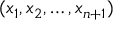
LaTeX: ( x _ { 1 } , x _ { 2 } , \ldots , x _ { n + 1 } )